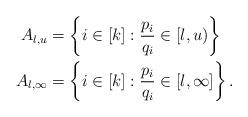
LaTeX: \begin{align*}A_{l,u} &= \left\{ i \in [k]: \frac{p_i}{q_i} \in [l,u) \right\} \,\, \,\,\\ A_{l,\infty} &= \left\{ i \in [k]: \frac{p_i}{q_i} \in [l,\infty] \right\}.\end{align*}